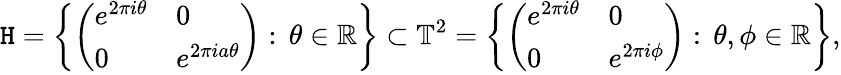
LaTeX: \mathtt{H}=\left\{ \left({\begin{array}{ll}{e^{2\pi i\theta}}&{0}\\ {0}&{e^{2\pi ia\theta}}\end{array}}\right):\, \theta\in\mathbb{{R}}\right\} \subset\mathbb{{T}}^{2}=\left\{ \left({\begin{array}{ll}{e^{2\pi i\theta}}&{0}\\ {0}&{e^{2\pi i\phi}}\end{array}}\right):\, \theta,\phi\in\mathbb{{R}}\right\} ,